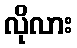
လိုလား